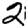
Digit: 2